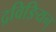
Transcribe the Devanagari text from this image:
द्रविङियन्